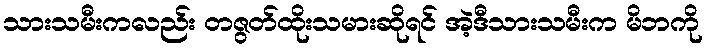
သားသမီးကလည်း တဇွတ်ထိုးသမားဆိုရင် အဲ့ဒီသားသမီးက မိဘကို